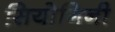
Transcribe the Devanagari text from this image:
सियोगिनी